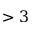
> 3